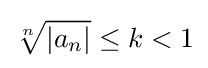
{\sqrt[{n}]{|a_{n}|}}\leq k<1